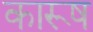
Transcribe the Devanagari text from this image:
कारूष